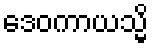
ဒေဝကာယသ္မိ